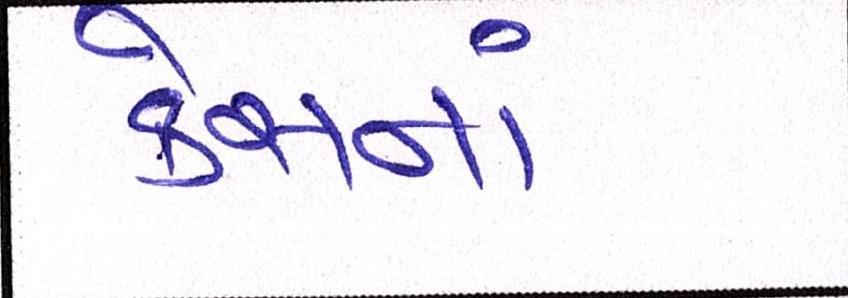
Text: કેસનાં